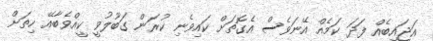
އަޖައިބެއް ފަދަ ކަމެއް އޭނަވެސް އެގޮތަށް ކައިވެނި ކުރަން ގަބޫލުވީ ކީއްވެބާއޭ ހިތަށް